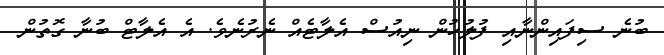
ބުނެ ސިފައިންނާއި ފުލުހުން ނިއުސް އެލާޓެއް ނެރުނެވެ. އެ އެލާޓް ބުނާ ގޮތުން